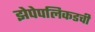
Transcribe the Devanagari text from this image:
झेपेपलिकडची